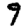
Digit: 9